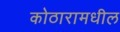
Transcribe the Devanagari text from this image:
कोठारामधील